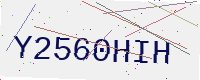
Text: Y2560HIH